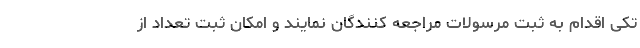
تکی اقدام به ثبت مرسولات مراجعه کنندگان نمایند و امکان ثبت تعداد از